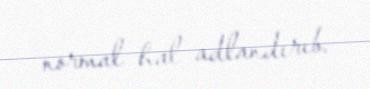
normal hal adlandırıb.